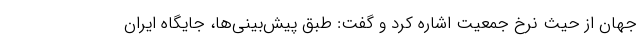
جهان از حیث نرخ جمعیت اشاره کرد و گفت: طبق پیش‌بینی‌ها، جایگاه ایران